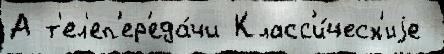
А т'ел'еп'ер'еда́чи Класс'и́ческ'иjе